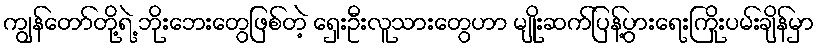
ကျွန်တော်တို့ရဲ့ ဘိုးဘေးတွေဖြစ်တဲ့ ရှေးဦးလူသားတွေဟာ မျိုးဆက်ပြန့်ပွားရေးကြိုးပမ်းချိန်မှာ